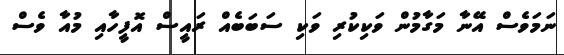
ނަމަވެސް އޭނާ މަގާމުން ވަކިކުރި ވަކި ސަބަބެއް ރައީސް އޮފީހާއި މުއާ ވެސް